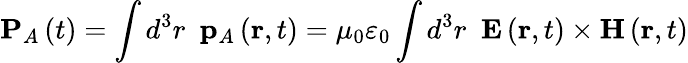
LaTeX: \mathbf{P}_{A}\left(t\right)=\int d^{3}r\, \, \, \mathbf{p}_{A}\left(\mathbf{r},t\right)=\mu_{0}\varepsilon_{0}\int d^{3}r\, \, \, \mathbf{E}\left(\mathbf{r},t\right)\times\mathbf{H}\left(\mathbf{r},t\right)